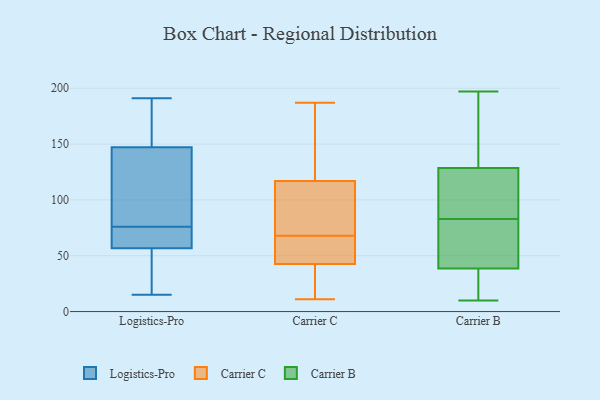
{"axis": {"x": "Population (Million)", "y": "Value"}, "legend": ["Carrier B", "Carrier C", "Logistics-Pro"], "data": [{"x": "", "y": 37, "type": "Logistics-Pro"}, {"x": "", "y": 176, "type": "Logistics-Pro"}, {"x": "", "y": 148, "type": "Logistics-Pro"}, {"x": "", "y": 150, "type": "Logistics-Pro"}, {"x": "", "y": 70, "type": "Logistics-Pro"}, {"x": "", "y": 126, "type": "Logistics-Pro"}, {"x": "", "y": 147, "type": "Logistics-Pro"}, {"x": "", "y": 36, "type": "Logistics-Pro"}, {"x": "", "y": 15, "type": "Logistics-Pro"}, {"x": "", "y": 71, "type": "Logistics-Pro"}, {"x": "", "y": 76, "type": "Logistics-Pro"}, {"x": "", "y": 83, "type": "Logistics-Pro"}, {"x": "", "y": 41, "type": "Logistics-Pro"}, {"x": "", "y": 191, "type": "Logistics-Pro"}, {"x": "", "y": 62, "type": "Logistics-Pro"}, {"x": "", "y": 75, "type": "Logistics-Pro"}, {"x": "", "y": 89, "type": "Logistics-Pro"}, {"x": "", "y": 69, "type": "Carrier C"}, {"x": "", "y": 97, "type": "Carrier C"}, {"x": "", "y": 47, "type": "Carrier C"}, {"x": "", "y": 21, "type": "Carrier C"}, {"x": "", "y": 22, "type": "Carrier C"}, {"x": "", "y": 150, "type": "Carrier C"}, {"x": "", "y": 187, "type": "Carrier C"}, {"x": "", "y": 46, "type": "Carrier C"}, {"x": "", "y": 92, "type": "Carrier C"}, {"x": "", "y": 44, "type": "Carrier C"}, {"x": "", "y": 148, "type": "Carrier C"}, {"x": "", "y": 11, "type": "Carrier C"}, {"x": "", "y": 78, "type": "Carrier C"}, {"x": "", "y": 41, "type": "Carrier C"}, {"x": "", "y": 137, "type": "Carrier C"}, {"x": "", "y": 67, "type": "Carrier C"}, {"x": "", "y": 83, "type": "Carrier B"}, {"x": "", "y": 54, "type": "Carrier B"}, {"x": "", "y": 178, "type": "Carrier B"}, {"x": "", "y": 23, "type": "Carrier B"}, {"x": "", "y": 72, "type": "Carrier B"}, {"x": "", "y": 104, "type": "Carrier B"}, {"x": "", "y": 23, "type": "Carrier B"}, {"x": "", "y": 83, "type": "Carrier B"}, {"x": "", "y": 121, "type": "Carrier B"}, {"x": "", "y": 10, "type": "Carrier B"}, {"x": "", "y": 197, "type": "Carrier B"}, {"x": "", "y": 136, "type": "Carrier B"}]}